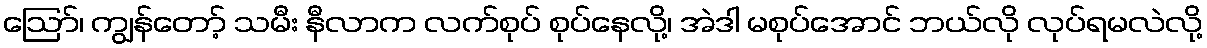
ဩော်၊ ကျွန်တော့် သမီး နီလာက လက်စုပ် စုပ်နေလို့၊ အဲဒါ မစုပ်အောင် ဘယ်လို လုပ်ရမလဲလို့